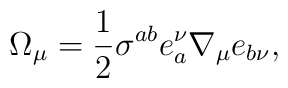
\Omega_\mu=\frac{1}{2}\sigma^{ab}e^\nu_a\nabla_\mu e_{b\nu},